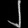
Digit: ၂